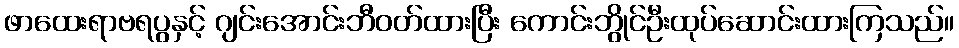
ဖာထေးရာဗရပွနှင့် ဂျင်းအောင်းဘီဝတ်ထားပြီး ကောင်းဘွိုင်ဦးထုပ်ဆောင်းထားကြသည်။